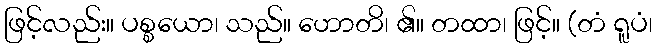
ဖြင့်လည်း။ ပစ္စယော၊ သည်။ ဟောတိ၊ ၏။ တထာ၊ ဖြင့်။ (တံ ရူပံ၊